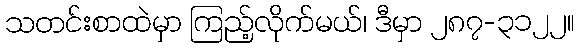
သတင်းစာထဲမှာ ကြည့်လိုက်မယ်၊ ဒီမှာ ၂၈၇-၃၁၂၂။